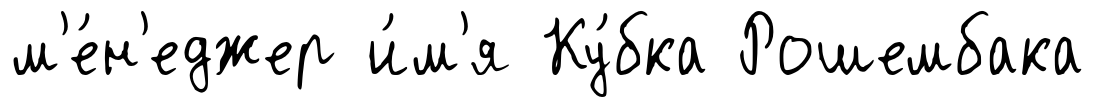
м'е́н'еджер и́м'я Ку́бка Рошембака